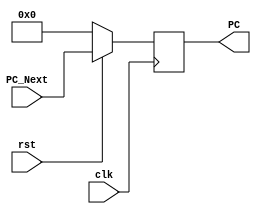
`timescale 1ns / 1ps
//////////////////////////////////////////////////////////////////////////////////
// Company: 
// Engineer: 
// 
// Design Name: 
// Module Name: PC
// Project Name: 
// Target Devices: 
// Tool Versions: 
// Description: 
// 
// Dependencies: 
// 
// Revision:
// Revision 0.01 - File Created
// Additional Comments:
// 
//////////////////////////////////////////////////////////////////////////////////


module PC_Module(clk,rst,PC,PC_Next);
    input clk,rst;
    input [31:0]PC_Next;
    output [31:0]PC;
    reg [31:0]PC;

    always @(posedge clk)
    begin
        if(rst == 1'b0)
            PC <= {32{1'b0}};
        else
            PC <= PC_Next;
    end
endmodule